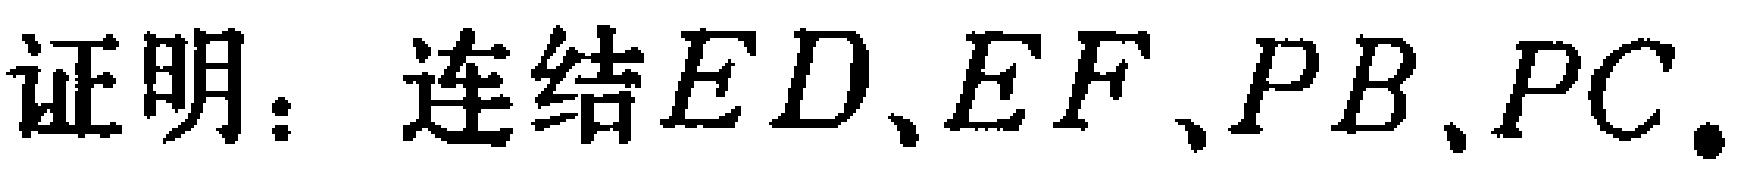
证明：连结\(ED\)、\(EF\)、\(PB\)、\(PC\)。